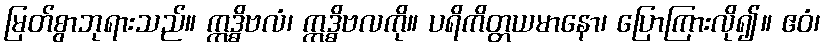
မြတ်စွာဘုရားသည်။ ဣဒ္ဓိဗလံ၊ ဣဒ္ဓိဗလကို။ ပရိကိတ္တယမာနော၊ ပြောကြားလို၍။ ဧဝံ၊